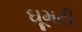
ઘૂમટી